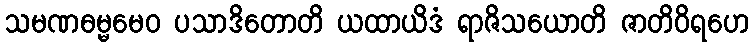
သမဏဓမ္မမေဝ ပသာဒိတောတိ ယထာယိဒံ ရာဇိသယောတိ ဇာတိဝိရဟေ